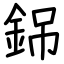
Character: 銱